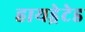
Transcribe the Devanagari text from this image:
हायड्रेटेड